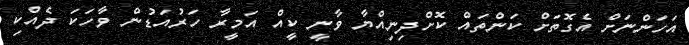
އަހަންނަށް އެގޮތަށް ކަންތައް ކޮށްދިނިއްޔާ ވާނީ ކީއް އަމީރާ ހަރުއަޑުން ވާހަކަ ދެއްކި